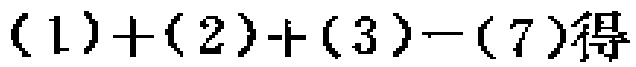
\((1)+(2)+(3)-(7)得\)